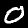
Digit: 0